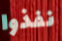
نفذوا